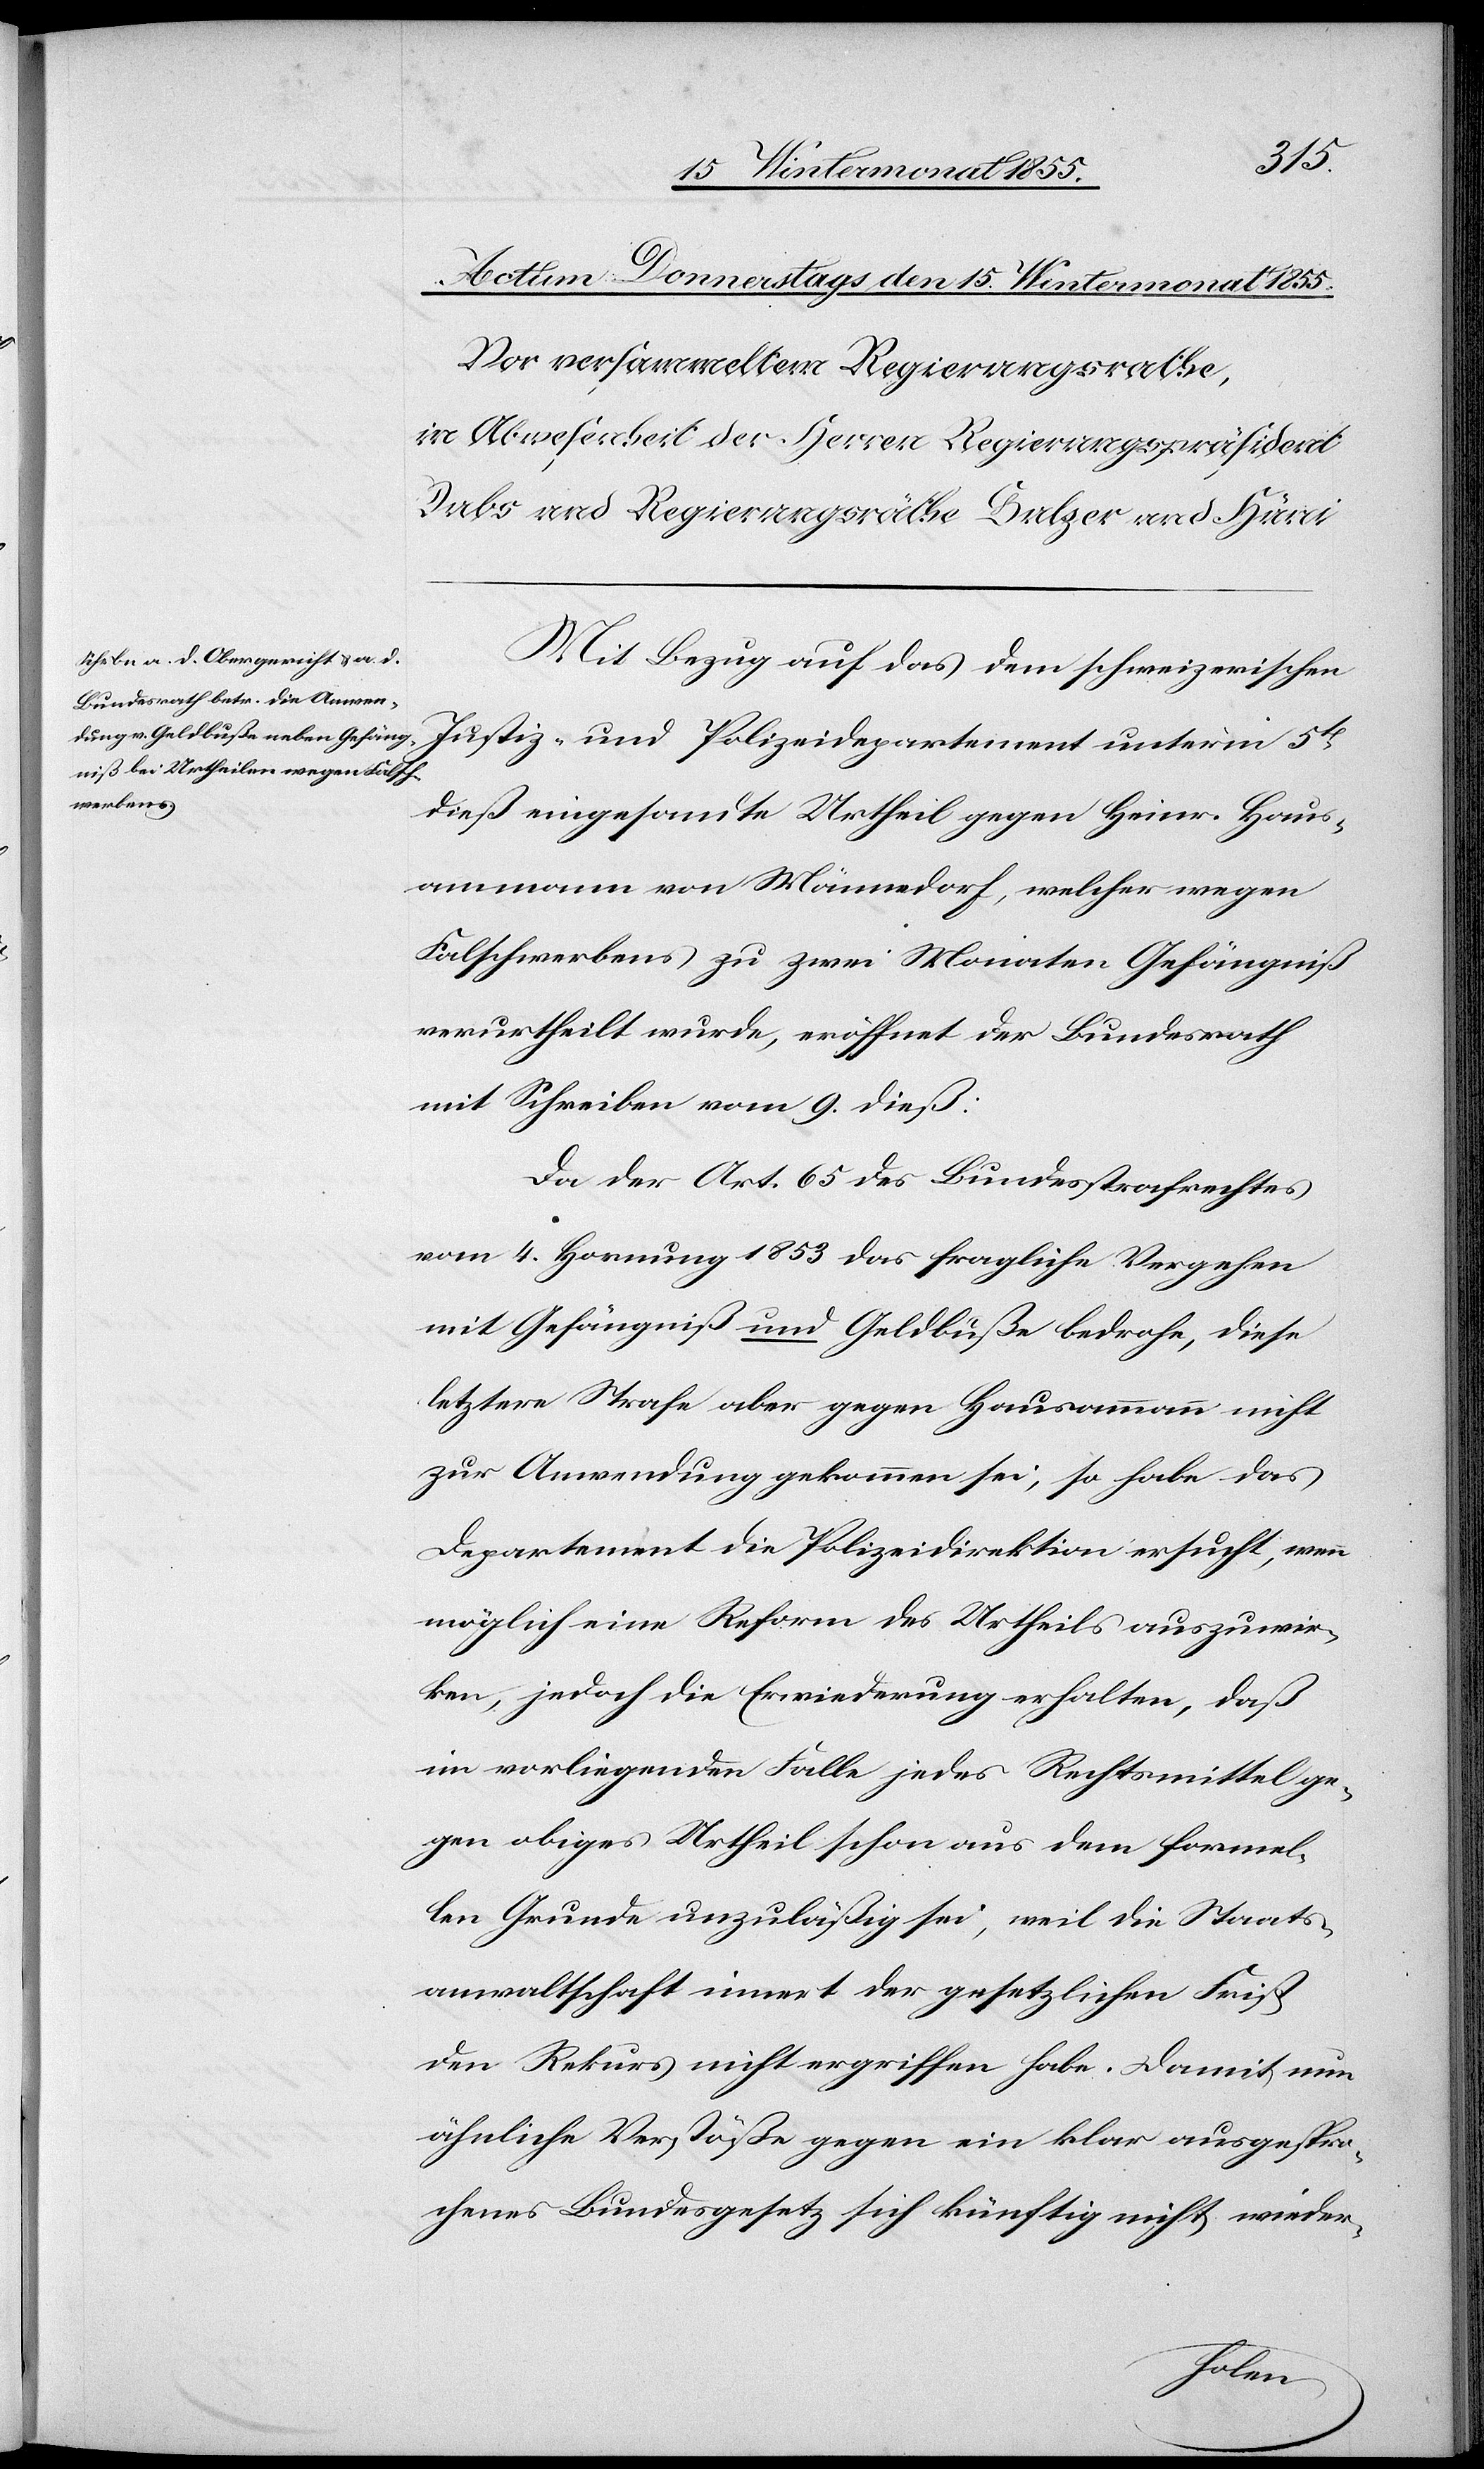
Mit Bezug auf das dem schweizerischen
Justiz- und Polizeidepartement unterm 5t
dieß eingesandte Urtheil gegen Heinr. Haus¬
ammann von Männedorf, welcher wegen
Falschwerbens zu zwei Monaten Gefängniß
verurtheilt wurde, eröffnet der Bundesrath
mit Schreiben vom 9. dieß:
Da der Art. 65 des Bundesstrafrechtes
vom 4. Hornung 1853 das fragliche Vergehen
mit Gefängniß und Geldbuße bedrohe, diese
letztere Strafe aber gegen Hausammann nicht
zur Anwendung gekommen sei, so habe das
Departement die Polizeidirektion ersucht, wenn
möglich eine Reform des Urtheils auszuwir¬
ken, jedoch die Erwiederung erhalten, daß
im vorliegenden Falle jedes Rechtsmittel ge¬
gen obiges Urtheil schon aus dem formel¬
len Grunde unzuläßig sei, weil die Staats¬
anwaltschaft innert der gesetzlichen Frist
den Rekurs nicht ergriffen habe. Damit nun
ähnliche Verstöße gegen ein klar ausgespro¬
chenes Bundesgesetz sich künftig nicht wieder-